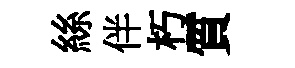
絲伴朽質